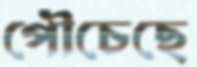
পৌচেছে